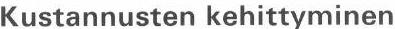
Kustannusten kehittyminen